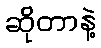
ဆိုတာနဲ့